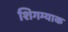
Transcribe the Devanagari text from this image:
शिगम्याक